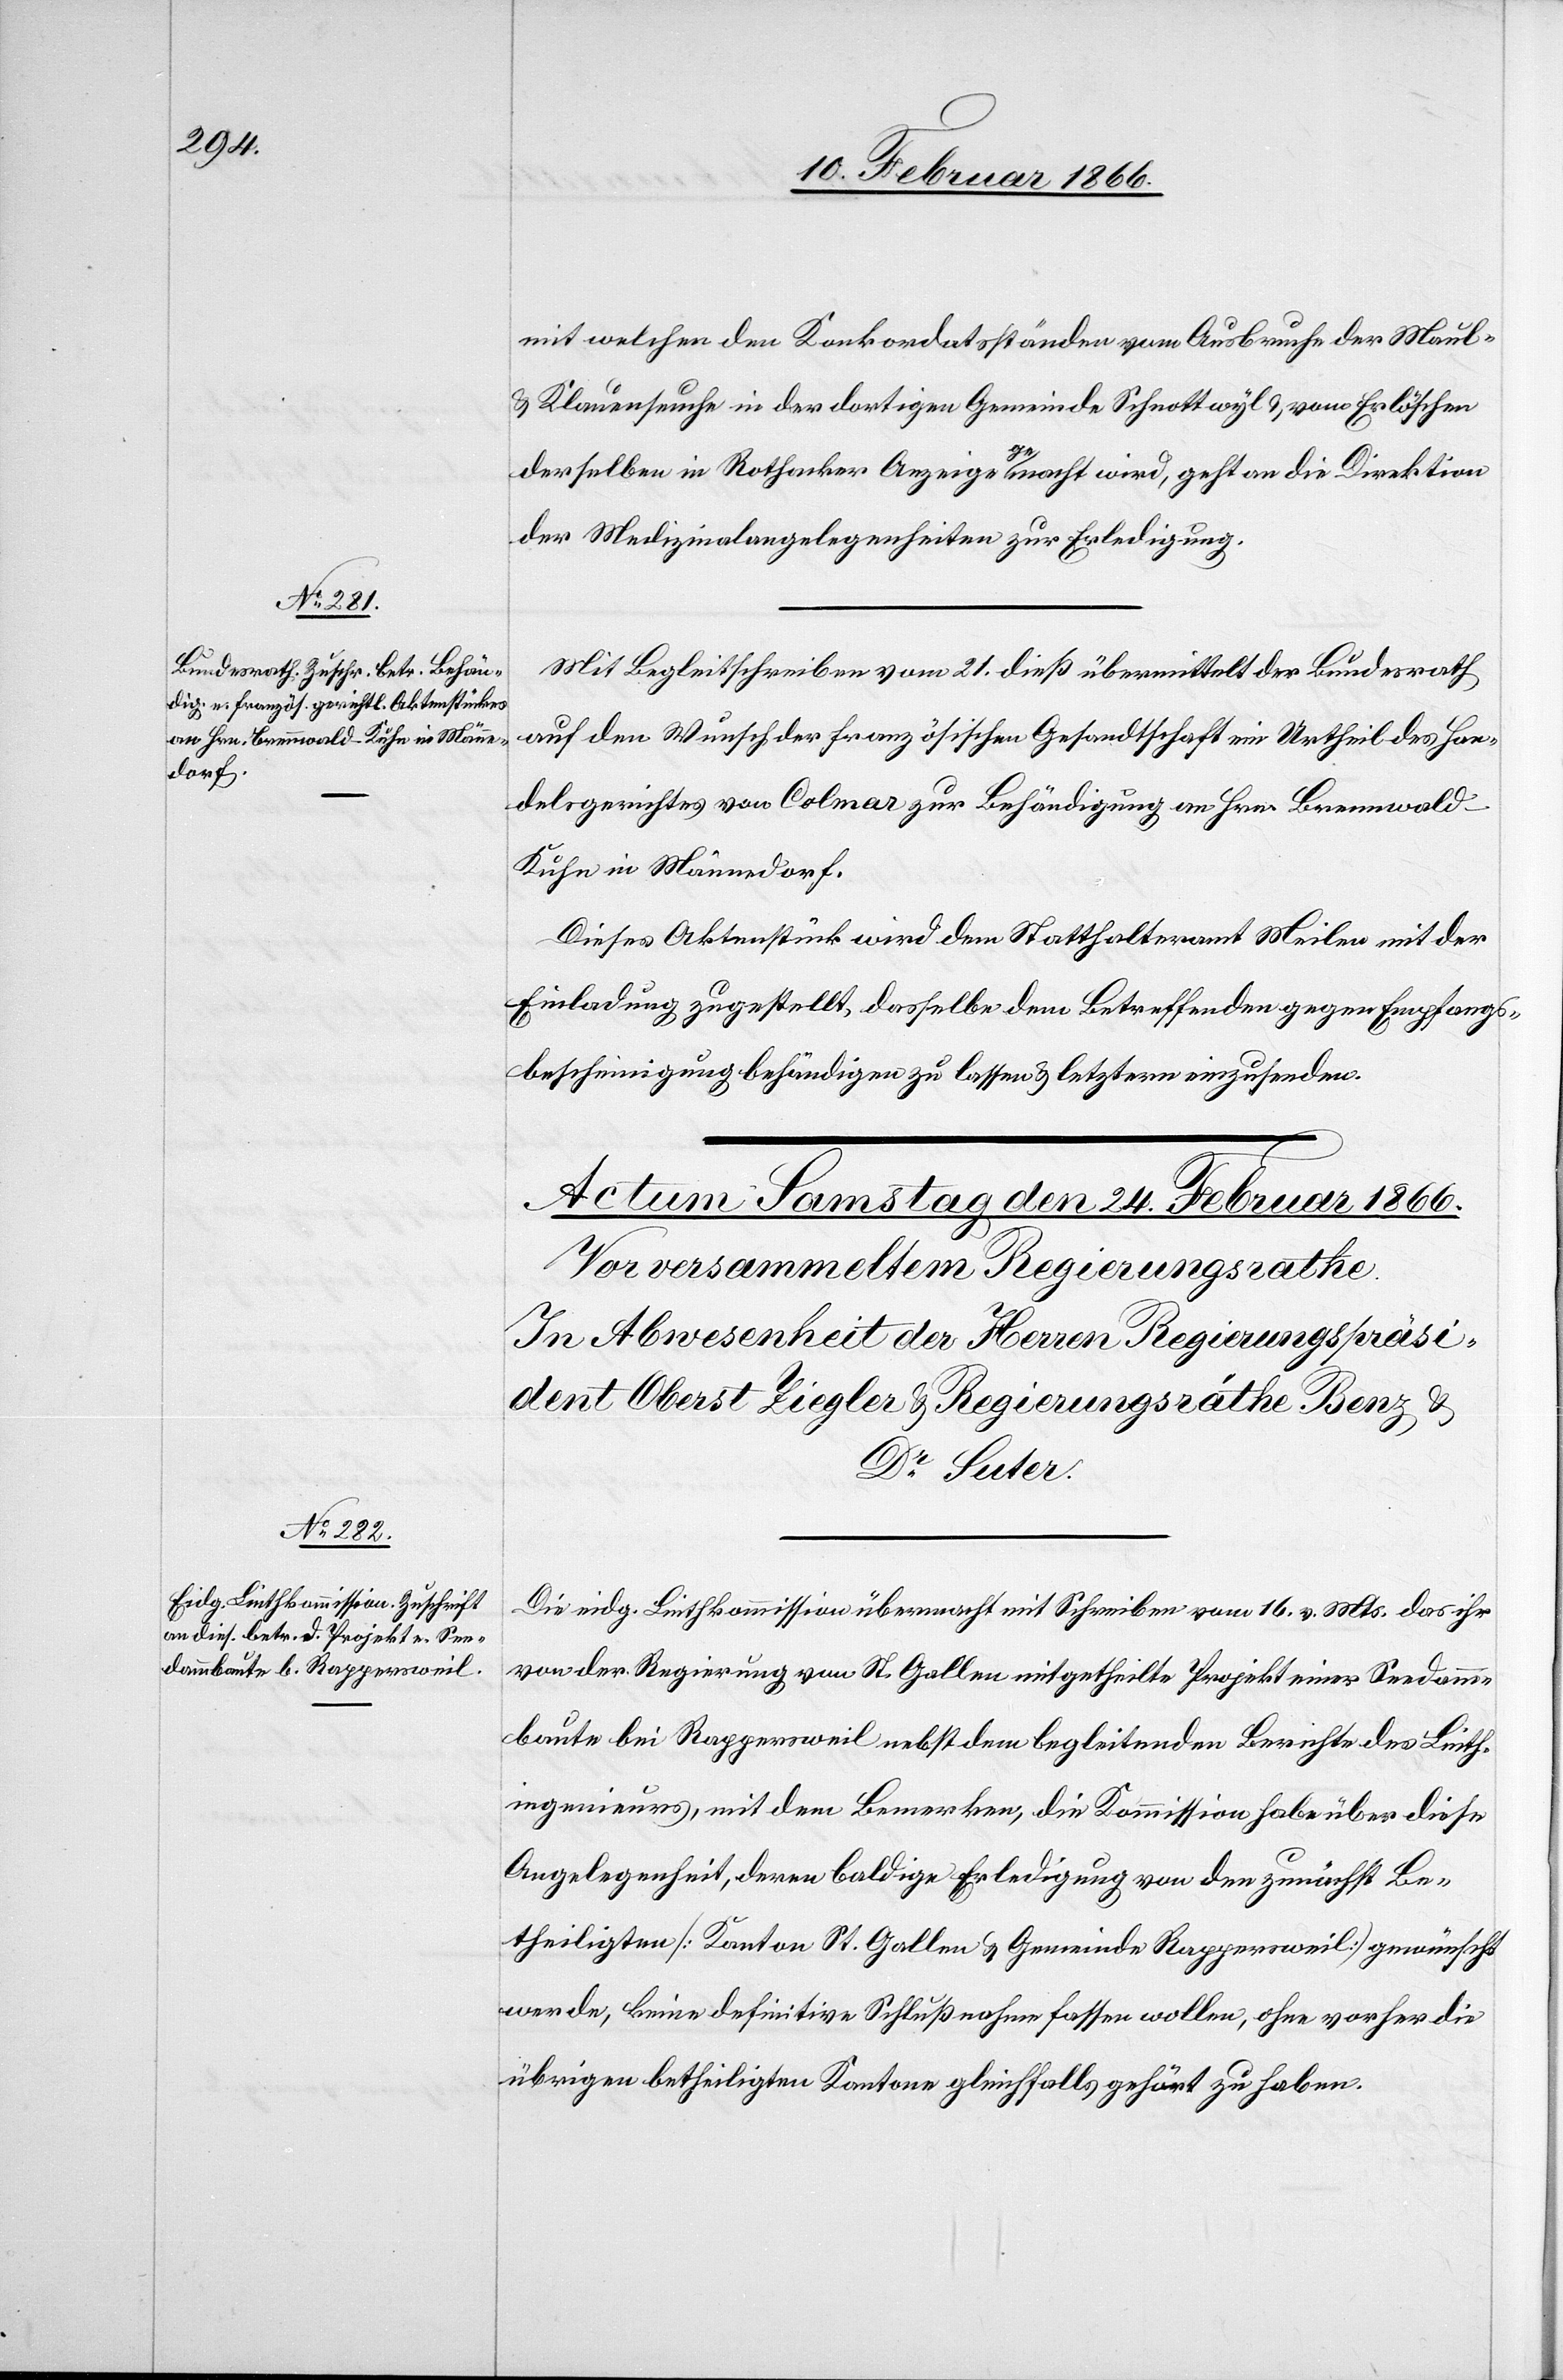
23. Februar 1866.]
mit welchem den Konkordatsständen vom Ausbruch der Maul-
& Klauenseuche in der dortigen Gemeinde Schnottwyl & vom Erlöschen
derselben in Rothacker Anzeige gemacht wird, geht an die Direktion
der Medizinalangelegenheiten zur Erledigung.
Mit Begleitschreiben vom 21. dieß übermittelt der Bundesrath
auf den Wunsch der französischen Gesandtschaft ein Urtheil des Han¬
delsgerichtes von Colmar zur Behändigung an Hrn. Brennwal¬
d-Kühn in Männedorf.
Dieses Aktenstück wird dem Statthalteramt Meilen mit der
Einladung zugestellt, dasselbe dem Betreffenden gegen Empfangs¬
bescheinigung behändigen zu lassen u. letztere einzusenden.
Die eidg. Linthkommission übermacht mit Schreiben vom 16. v. Mts. das ihr
von der Regierung von St. Gallen mitgetheilte Projekt einer Seedamm¬
baute bei Rappersweil nebst dem begleitenden Berichte des Linth¬
ingenieurs, mit dem Bemerken, die Kommission habe über diese
Angelegenheit, deren baldige Erledigung von den zunächst Be¬
theiligten [Kanton St. Gallen u. Gemeinde Rappersweil] gewünscht
werde, keine definitive Schlußnahme fassen wollen, ohne vorher die
übrigen betheiligten Kantone gleichfalls gehört zu haben.